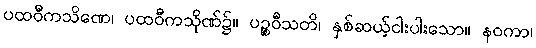
ပထဝီကသိဏေ၊ ပထဝီကသိုဏ်၌။ ပဉ္စဝီသတိ၊ နှစ်ဆယ့်ငါးပါးသော။ နဝကာ၊